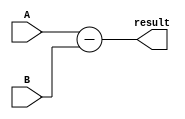
module Subtractor (
    input [7:0] A,
    input [7:0] B,
    output reg [7:0] result
);

always @(*) begin
    result = A - B;
end

endmodule